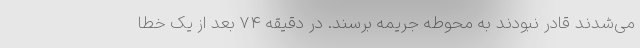
می‌شدند قادر نبودند به محوطه جریمه برسند. در دقیقه 74 بعد از یک خطا